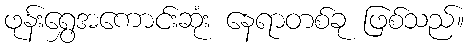
ဖုန်းရွှေအကောင်းဆုံး နေရာတစ်ခု ဖြစ်သည်။